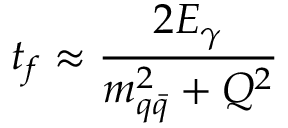
t _ { f } \approx \frac { 2 E _ { \gamma } } { m _ { q \bar { q } } ^ { 2 } + Q ^ { 2 } }